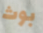
بوث